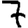
Digit: 7